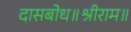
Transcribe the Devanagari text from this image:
दासबोध॥श्रीराम॥